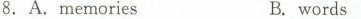
8. A.memoriesB. words